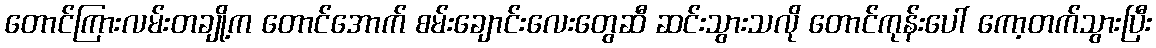
တောင်ကြားလမ်းတချို့က တောင်အောက် စမ်းချောင်းလေးတွေဆီ ဆင်းသွားသလို တောင်ကုန်းပေါ် ကော့တက်သွားပြီး